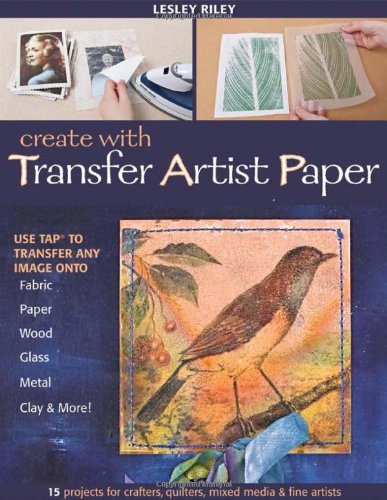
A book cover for Create with Transfer Artist Paper: Use TAP to Transfer Any Image onto Fabric, Paper, Wood, Glass, Metal, Clay & More!; Lesley Riley; Crafts, Hobbies & Home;